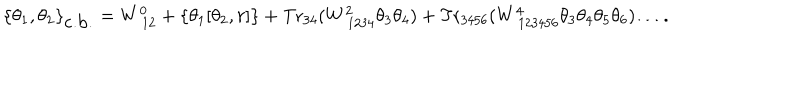
\{ \theta _ { 1 } , \theta _ { 2 } \} _ { \mathrm { c . b . } } = W _ { ~ 1 2 } ^ { 0 } + \left\{ \theta _ { 1 } [ \theta _ { 2 } , r ] \right\} + \mathrm { T r } _ { 3 4 } ( W _ { ~ 1 2 3 4 } ^ { 2 } \theta _ { 3 } \theta _ { 4 } ) + \mathrm { T r } _ { 3 4 5 6 } ( W _ { ~ 1 2 3 4 5 6 } ^ { 4 } \theta _ { 3 } \theta _ { 4 } \theta _ { 5 } \theta _ { 6 } ) \ldots .